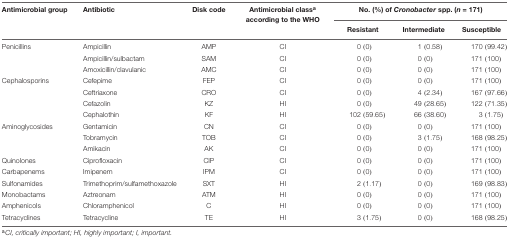
| Antimicrobial group | Antibiotic | Disk code | Antimicrobial classa according to the WHO | <COLSPAN=3> No. (%) of Cronobacter spp. (n = 171) |
 |  |  |  |  | Resistant | Intermediate | Susceptible |
 | --- | --- | --- | --- | --- | --- | --- |
 | Penicillins | Ampicillin | AMP | CI | 0 (0) | 1 (0.58) | 170 (99.42) |
 |  | Ampicillin/sulbactam | SAM | CI | 0 (0) | 0 (0) | 171 (100) |
 |  | Amoxicillin/clavulanic | AMC | CI | 0 (0) | 0 (0) | 171 (100) |
 | Cephalosporins | Cefepime | FEP | CI | 0 (0) | 0 (0) | 171 (100) |
 |  | Ceftriaxone | CRO | CI | 0 (0) | 4 (2.34) | 167 (97.66) |
 |  | Cefazolin | KZ | HI | 0 (0) | 49 (28.65) | 122 (71.35) |
 |  | Cephalothin | KF | HI | 102 (59.65) | 66 (38.60) | 3 (1.75) |
 | Aminoglycosides | Gentamicin | CN | CI | 0 (0) | 0 (0) | 171 (100) |
 |  | Tobramycin | TOB | CI | 0 (0) | 3 (1.75) | 168 (98.25) |
 |  | Amikacin | AK | CI | 0 (0) | 0 (0) | 171 (100) |
 | Quinolones | Ciprofloxacin | CIP | CI | 0 (0) | 0 (0) | 171 (100) |
 | Carbapenems | Imipenem | IPM | CI | 0 (0) | 0 (0) | 171 (100) |
 | Sulfonamides | Trimethoprim/sulfamethoxazole | SXT | HI | 2 (1.17) | 0 (0) | 169 (98.83) |
 | Monobactams | Aztreonam | ATM | HI | 0 (0) | 0 (0) | 171 (100) |
 | Amphenicols | Chloramphenicol | C | HI | 0 (0) | 0 (0) | 171 (100) |
 | Tetracyclines | Tetracycline | TE | HI | 3 (1.75) | 0 (0) | 168 (98.25) |